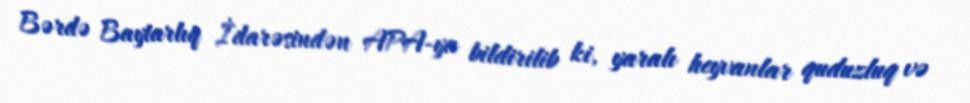
Bərdə Baytarlıq İdarəsindən APA-ya bildirilib ki, yaralı heyvanlar quduzluq və